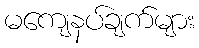
မကျေနပ်ချက်များ